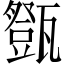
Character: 𤮘